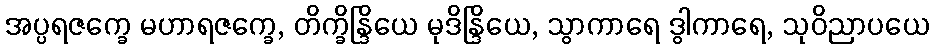
အပ္ပရဇက္ခေ မဟာရဇက္ခေ, တိက္ခိန္ဒြိယေ မုဒိန္ဒြိယေ, သွာကာရေ ဒွါကာရေ, သုဝိညာပယေ